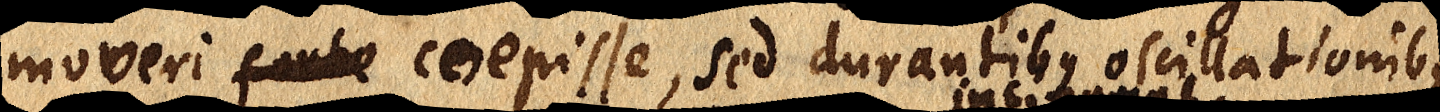
moveri forte coepisse, sed durantibus oscillationibus